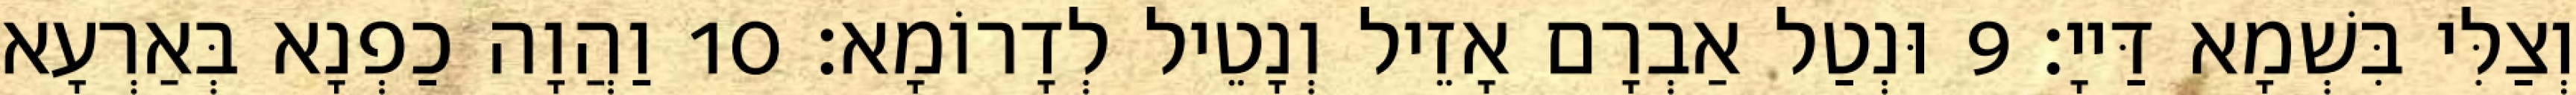
וְצַלִּי בִּשְׁמָא דַּייָ׃ 9 וּנְטַל אַבְרָם אָזֵיל וְנָטֵיל לְדָרוֹמָא׃ 10 וַהֲוָה כַפְנָא בְּאַרְעָא